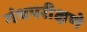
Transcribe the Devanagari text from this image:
गंथपरीक्षणे